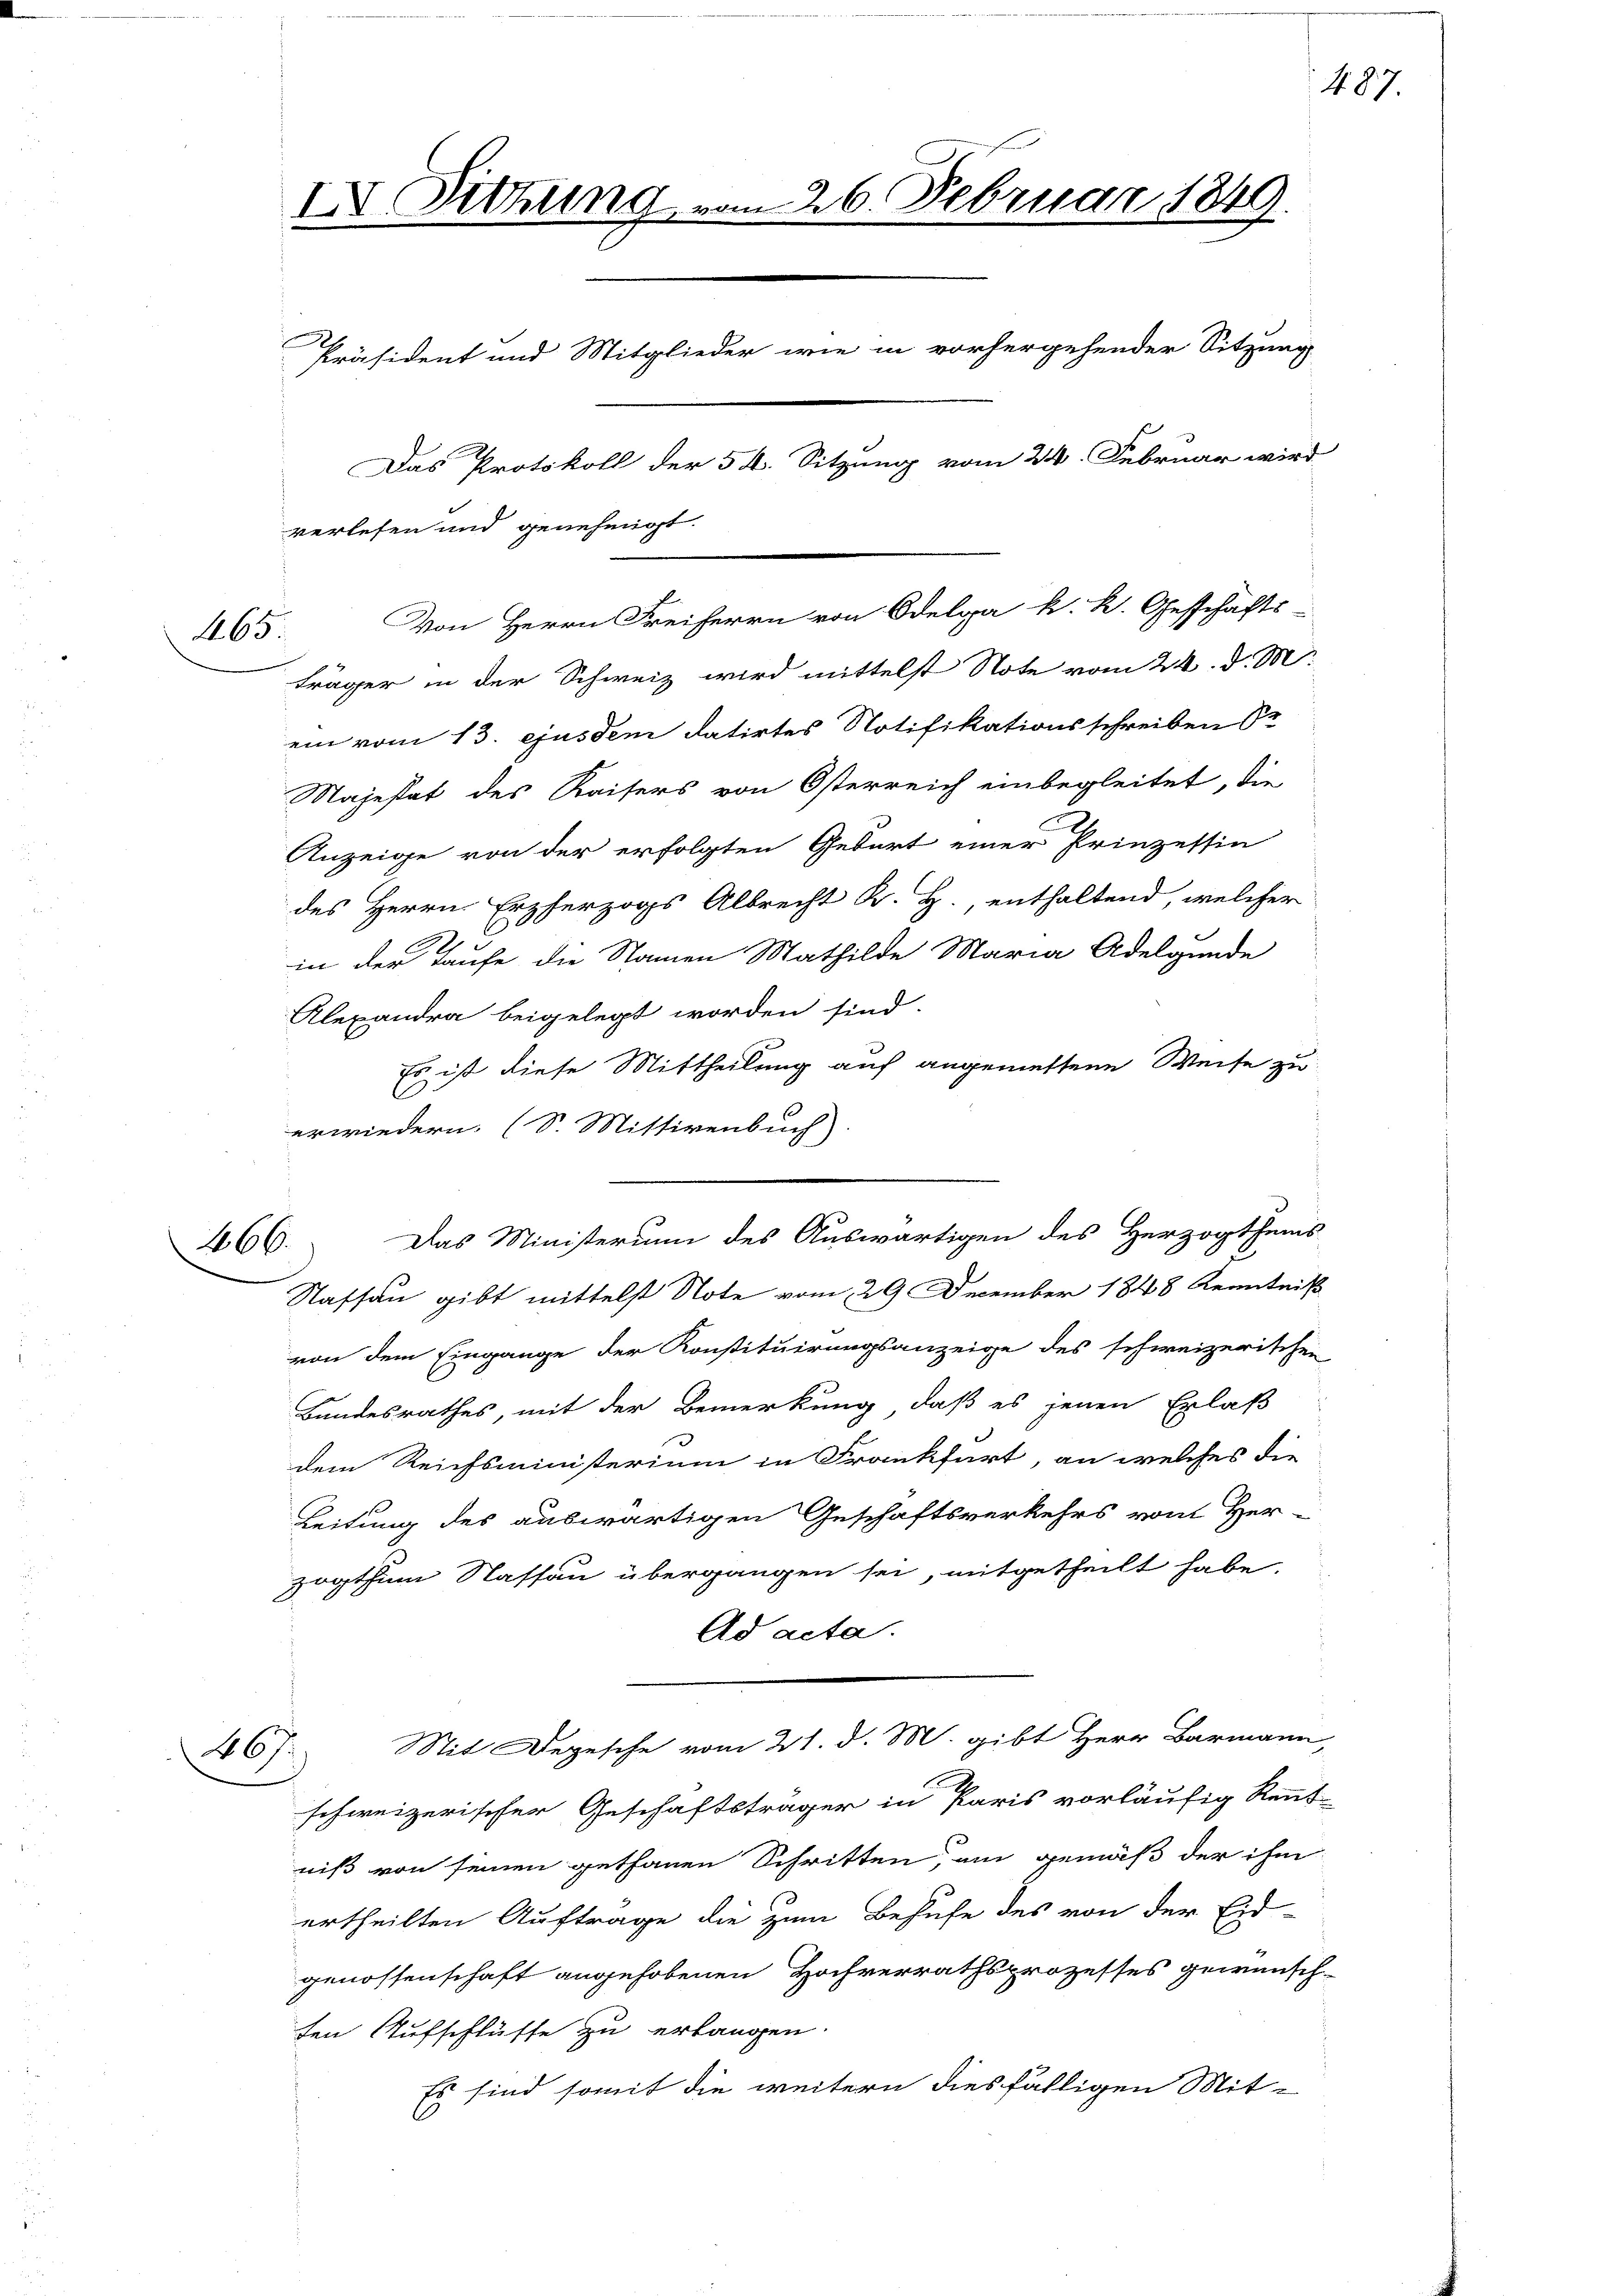
465

466.

IXV Sitzung vom 26. Februar 1849.
f
Präsident und Mitglieder wie in vorhergehender Sitzung
Das Protokoll der 5 k. Sitzung vom 24. Februar wird
verlesen und genehmigt.

träger in der Schweiz wird mittelst Note vom 24. d. M.
ein vom 13. ejusdem datirtes Notifikationsschreiben Sr
Majestat des Kaisers von Österreich einbegleitet, die
Anzeige von der erfolgten Geburt einer Prinzessin
des Herrn Erzherzogs Albrecht K. H., enthaltend, welcher
.
in der Taufe die Namen Mathilde Maria Adelgende
Alexandra beigelegt worden sind.
Es ist diese Mittheilung auf angemessene Weise zu
erwiedern. (S. Mittirenbuch)
Das Ministerium des Auswärtigen des Herzogthums
Nassau gibt mittelst Note vom 29 December 1848 Kenntniß
von dem Eingange der Konstituirungsanzeige des schweizerischen
Bundesrathes, mit der Bemerkung, daß es jenen Erlaß
dem Reichsministerium in Frankfurt, an welches die
Leitung des auswärtigen Geschäftsverkehrs vom Her-
zogthum Nassau übergangen sei, mitgetheilt habe,
Ad acta.
Mit Depesche vom 21. d. M. gibt Herr Barmann,
467
schweizerischer Geschäftsträger in Paris vorläufig Kennt-
niß von seinen gethanen Schritten, um gemäß der ihm
ertheilten Auftrage die zum Behufe des von der Eid-
genossenschaft angehobenen Hochverrathsprozesses gewünsch
ten Aufschlüsse zu erlangen.
Es sind somit die weitern diesfälligen Mit-

Von Herrn Freiherrn von Odelga k. k. Geschäfts-

487.